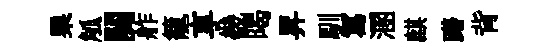
栗觚闋舴籠享畿暍昇馴冩溷麒躇背